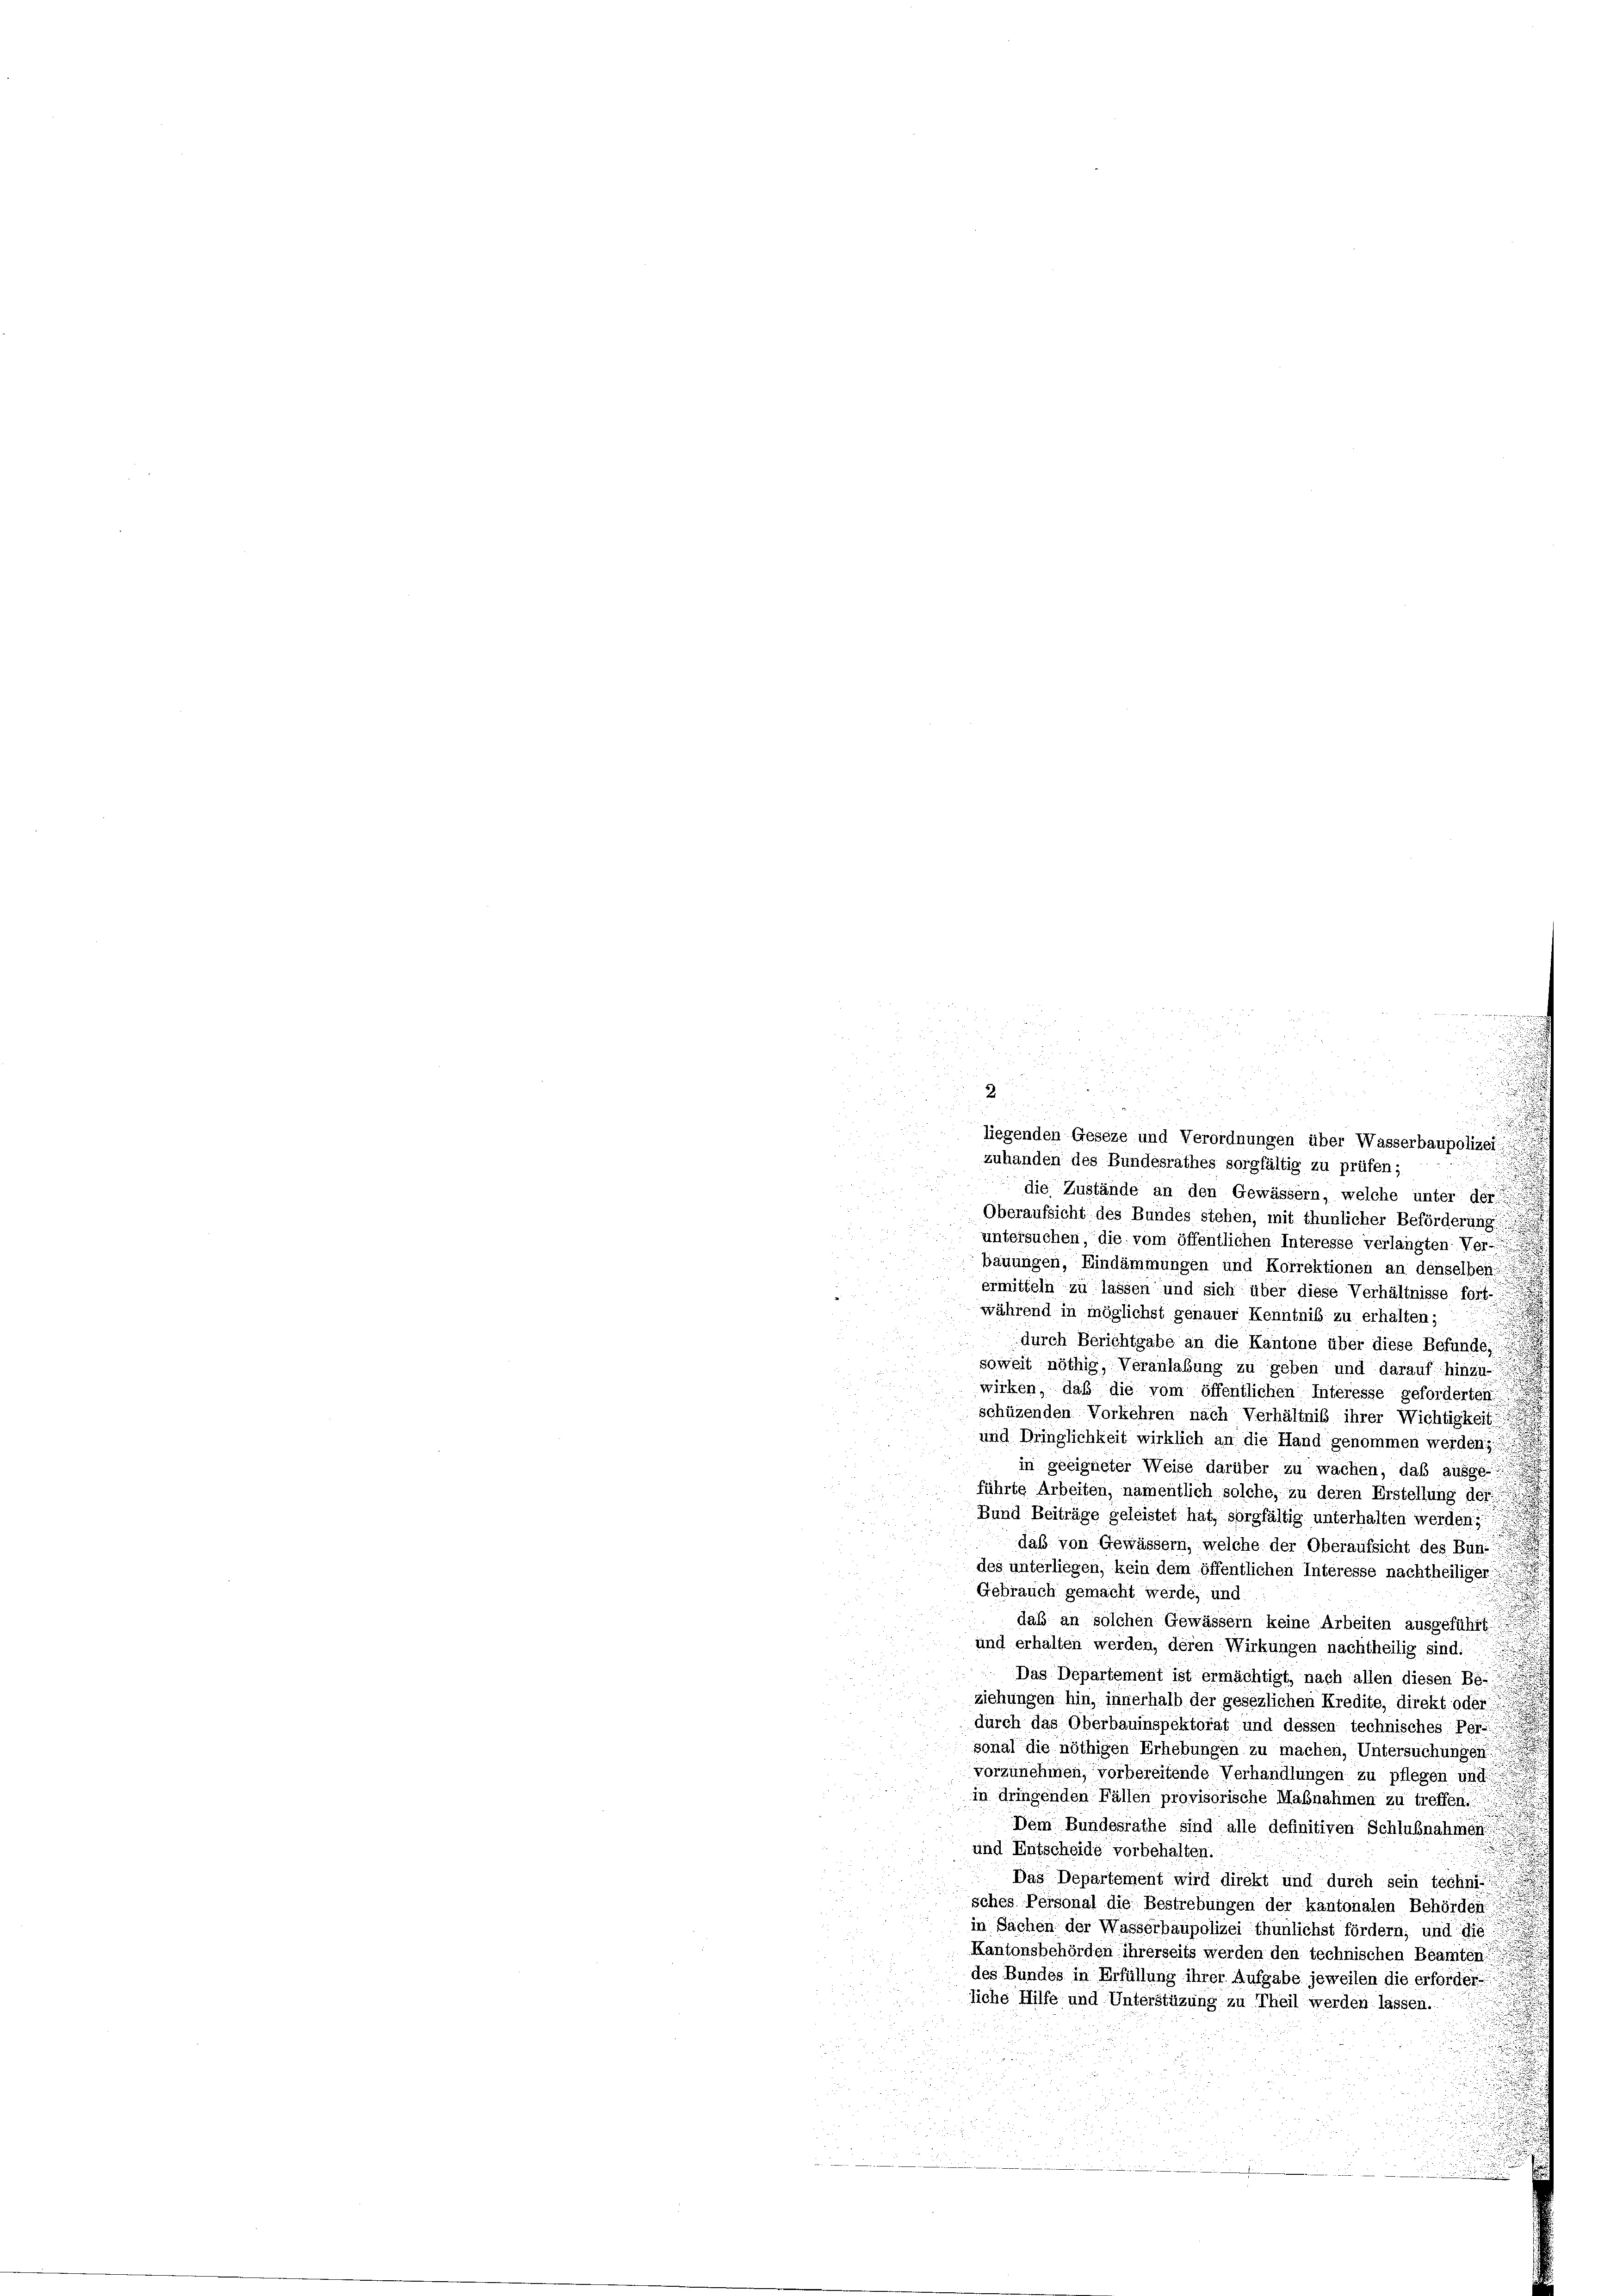
2

5 x

n
d
a
1
.
.
n

.

liegenden Geseze und Verordnungen über Wasserbaupolizei
2
zuhanden des Bundesrathes sorgfältig zu prüfen;
.
u
die Zustände an den Gewässern, welche unter der
Oberaufsicht des Bundes stehen, mit thunlicher Beförderung
untersuchen, die vom öffentlichen Interesse verlangten: Ver-
bauungen, Eindämmungen und Korrektionen an denselben
ermitteln zu lassen und sich über diese Verhältnisse fort-
während in möglichst genauer Kenntniß zu erhalten;
durch Berichtgabe an die Kantone über diese Befunde,
soweit nöthig, Veranlaßung zu geben und darauf hinzu-
wirken, daß die vom öffentlichen Interesse geforderten
schüzenden Vorkehren nach Verhältniß ihrer Wichtigkeit
und Dringlichkeit wirklich an die Hand genommen werden
in geeigneter Weise darüber zu wachen, das ausge-
führte Arbeiten, namentlich solche, zu deren Erstellung der
Bund Beiträge geleistet hat, sorgfältig unterhalten werden,
daß von Gewässern, welche der Oberaufsicht des Bundes unterliegen, kein dem öffentlichen Interesse nachtheiliger
Gebrauch gemacht werde, und
daß an solchen Gewässern keine Arbeiten ausgeführt
und erhalten werden, deren Wirkungen nachtheilig sind:
Das Departement ist ermächtigt, nach allen diesen Be-
ziehungen hin, innerhalb der gesezlichen Kredite, direkt oder
durch das Oberbauinspektorat und dessen technisches Per-
sonal die nöthigen Erhebungen zu machen, Untersuchung ge
vorzunehmen, vorbereitende Verhandlungen zu pflegen und
in dringenden Fällen provisorische Maßnahmen zu treffen.
.
Dem Bundesrathe sind alle definitiven Schlußnahmen
und Entscheide vorbehalten.
.
Das Departement wird direkt und durch sein techni
sches Personal die Bestrebungen der kantonalen Behörden.
in Sachen der Wasserbaupolizei thunlichst fördern, und die
Kantonsbehörden ihrerseits werden den technischen Beamten
des Bundes in Erfüllung ihrer Aufgabe jeweilen die erforder-
liche Hilfe und Unterstüzung zu Theil werden lassen.

un